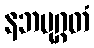
နဘမုဂ္ဂတံ